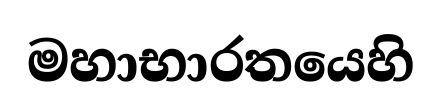
මහාභාරතයෙහි